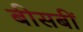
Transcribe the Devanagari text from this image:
बीसबीं